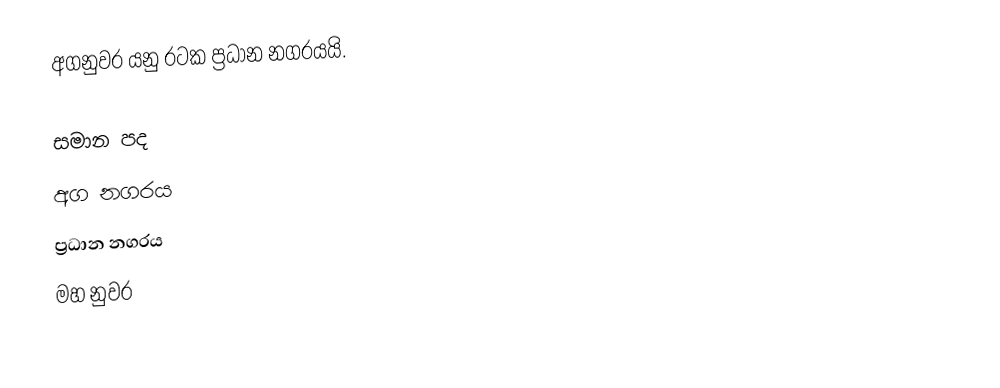
අගනුවර යනු රටක ප්‍රධාන නගරයයි.

සමාන පද
 අග නගරය
 ප්‍රධාන නගරය
 මහ නුවර